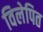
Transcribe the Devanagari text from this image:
विलेपित